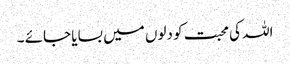
اللہ کی محبت کو دلوں میں بسایا جائے ۔